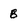
Character: 8